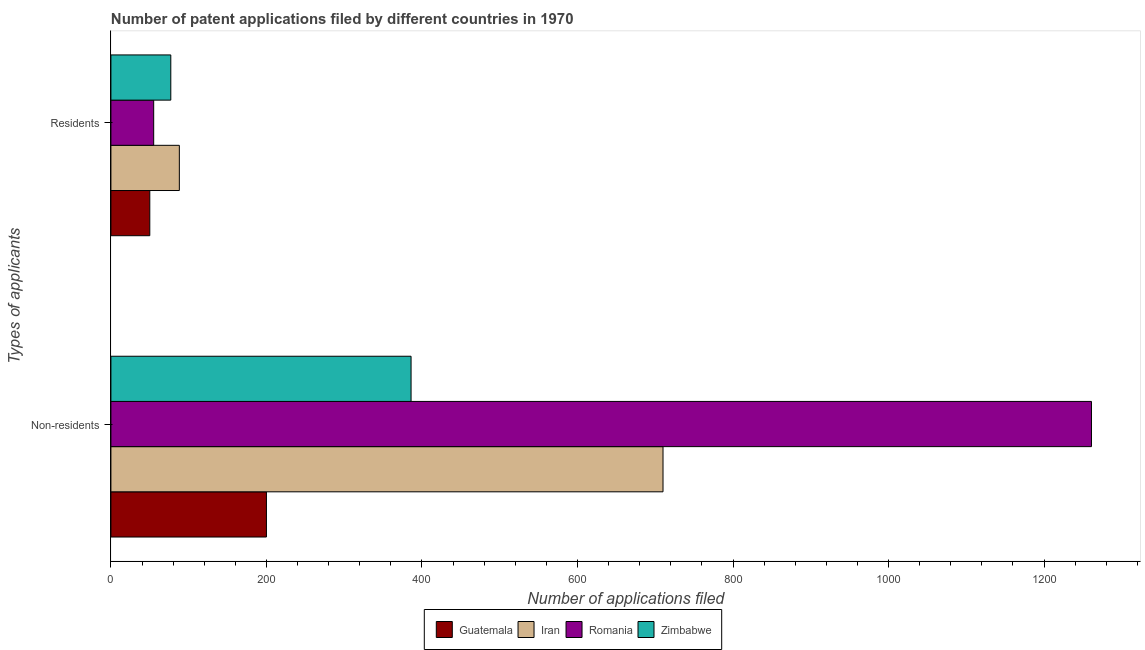
| Types of applicants | Guatemala | Iran | Romania | Zimbabwe |
 | --- | --- | --- | --- | --- |
 | Non-residents | 200 | 710 | 1.26e+03 | 386 |
 | Residents | 50 | 88 | 55 | 77 |